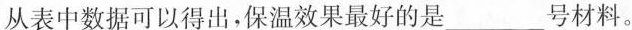
从表中数据可以得出，保温效果最好的是___号材料。